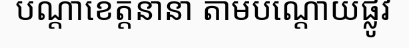
បណ្តាខេត្តនានា តាមបណ្តោយផ្លូវ